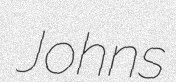
Johns